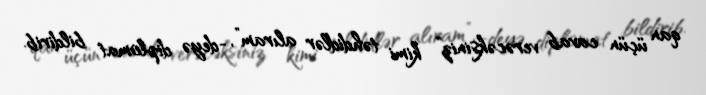
qan üçün cavab verəcəksiniz” kimi təhdidlər alıram”, -deyə diplomat bildirib.